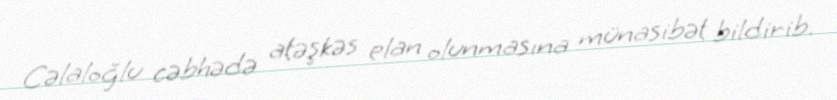
Cəlaloğlu cəbhədə atəşkəs elan olunmasına münasibət bildirib.